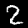
Digit: 2